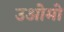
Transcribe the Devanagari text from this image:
उओमो